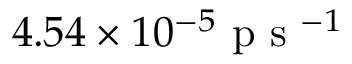
4 . 5 4 \times 1 0 ^ { - 5 } \mathrm { ~ p ~ s ~ } ^ { - 1 }